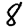
Digit: 8